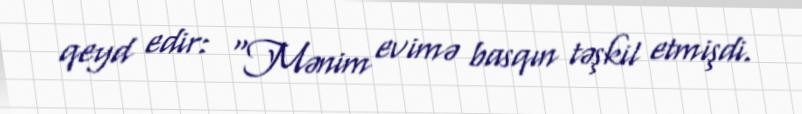
qeyd edir: “Mənim evimə basqın təşkil etmişdi.